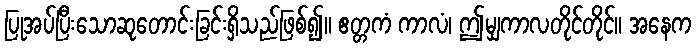
ပြုအပ်ပြီးသောဆုတောင်းခြင်းရှိသည်ဖြစ်၍။ ဧတ္တကံ ကာလံ၊ ဤမျှကာလတိုင်တိုင်။ အနေက